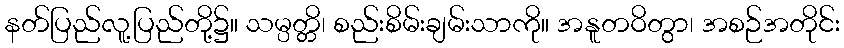
နတ်ပြည်လူ့ပြည်တို့၌။ သမ္ပတ္တိ၊ စည်းစိမ်းချမ်းသာကို။ အနူတဝိတွာ၊ အစဉ်အတိုင်း